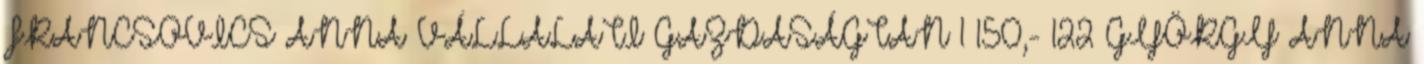
FRANCSOVICS ANNA VÁLLALATI GAZDASÁGTAN 1 150,- 122 GYÖRGY ANNA